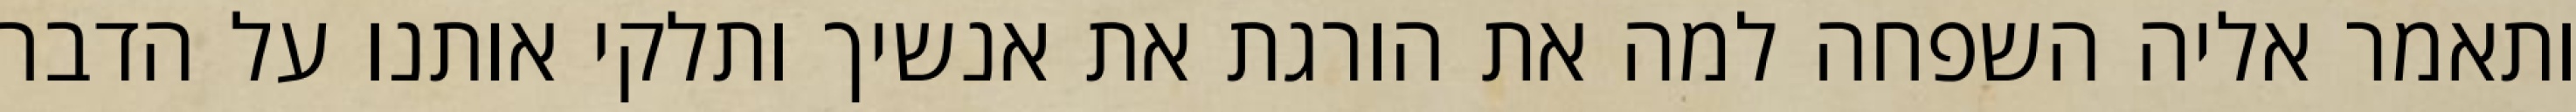
ותאמר אליה השפחה למה את הורגת את אנשיך ותלקי אותנו על הדבר